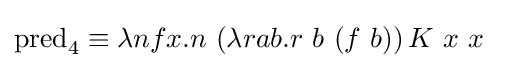
{\begin{aligned}\operatorname {pred} _{4}\equiv \lambda nfx.n\ &(\lambda rab.r\ b\ (f\ b))\,K\ x\ x\end{aligned}}